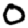
Digit: 0